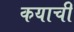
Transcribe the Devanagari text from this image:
कयाची